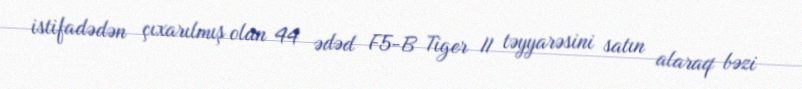
istifadədən çıxarılmış olan 44 ədəd F5-B Tiger II təyyarəsini satın alaraq bəzi